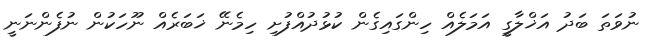
ނުވަތަ ބަދު އަޚްލާގީ އަމަލެއް ހިންގައިގެން ކުޅުދުއްފުށި ހިމެނޭ ޚަބަރެއް ނޫހަކުން ނުފެންނަނީ